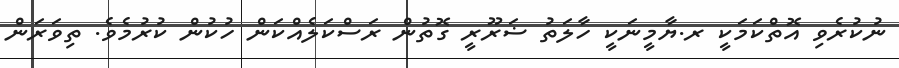
ނުކުރެވި އޮތްކަމަކީ ރ.ޔާމީނަކީ ހާލަތު ޟަރޫރީ ގޮތުން ރަސްކަލެއްކަން ހުކުން ކުރުމެވެ. ތިވަރަން